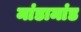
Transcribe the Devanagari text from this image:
मांडामांड